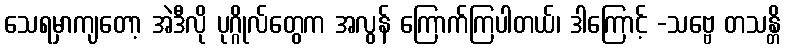
သေရမှာကျတော့ အဲဒီလို ပုဂ္ဂိုလ်တွေက အလွန် ကြောက်ကြပါတယ်၊ ဒါကြောင့် -သဗ္ဗေ တသန္တိ